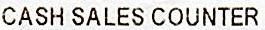
CASH SALES COUNTER